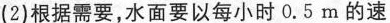
(2)根据需要，水面要以每小时0.5m的速